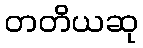
တတိယဆု